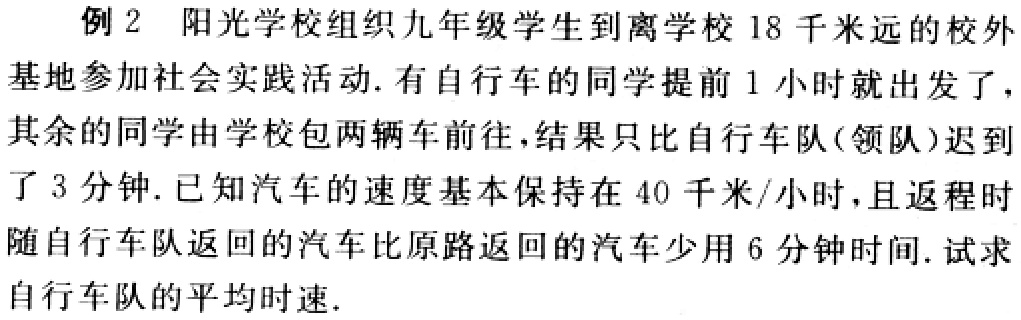
例 2 阳光学校组织九年级学生到离学校 18 千米远的校外基地参加社会实践活动. 有自行车的同学提前 1 小时就出发了，其余的同学由学校包两辆车前往，结果只比自行车队(领队)迟到了 3 分钟. 已知汽车的速度基本保持在 40 千米/小时，且返程时随自行车队返回的汽车比原路返回的汽车少用 6 分钟时间. 试求自行车队的平均时速.